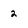
Character: 2